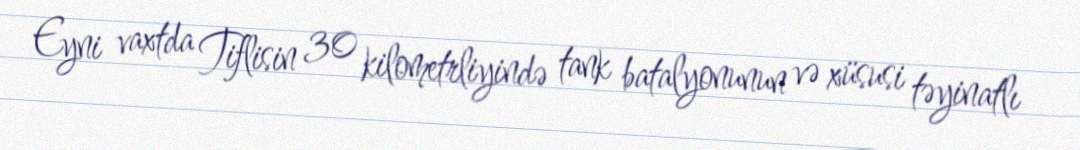
Eyni vaxtda Tiflisin 30 kilometrliyində tank batalyonunun və xüsusi təyinatlı